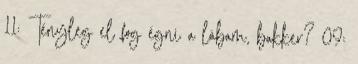
11: Tényleg el fog égni a lábam, bakker? 09: